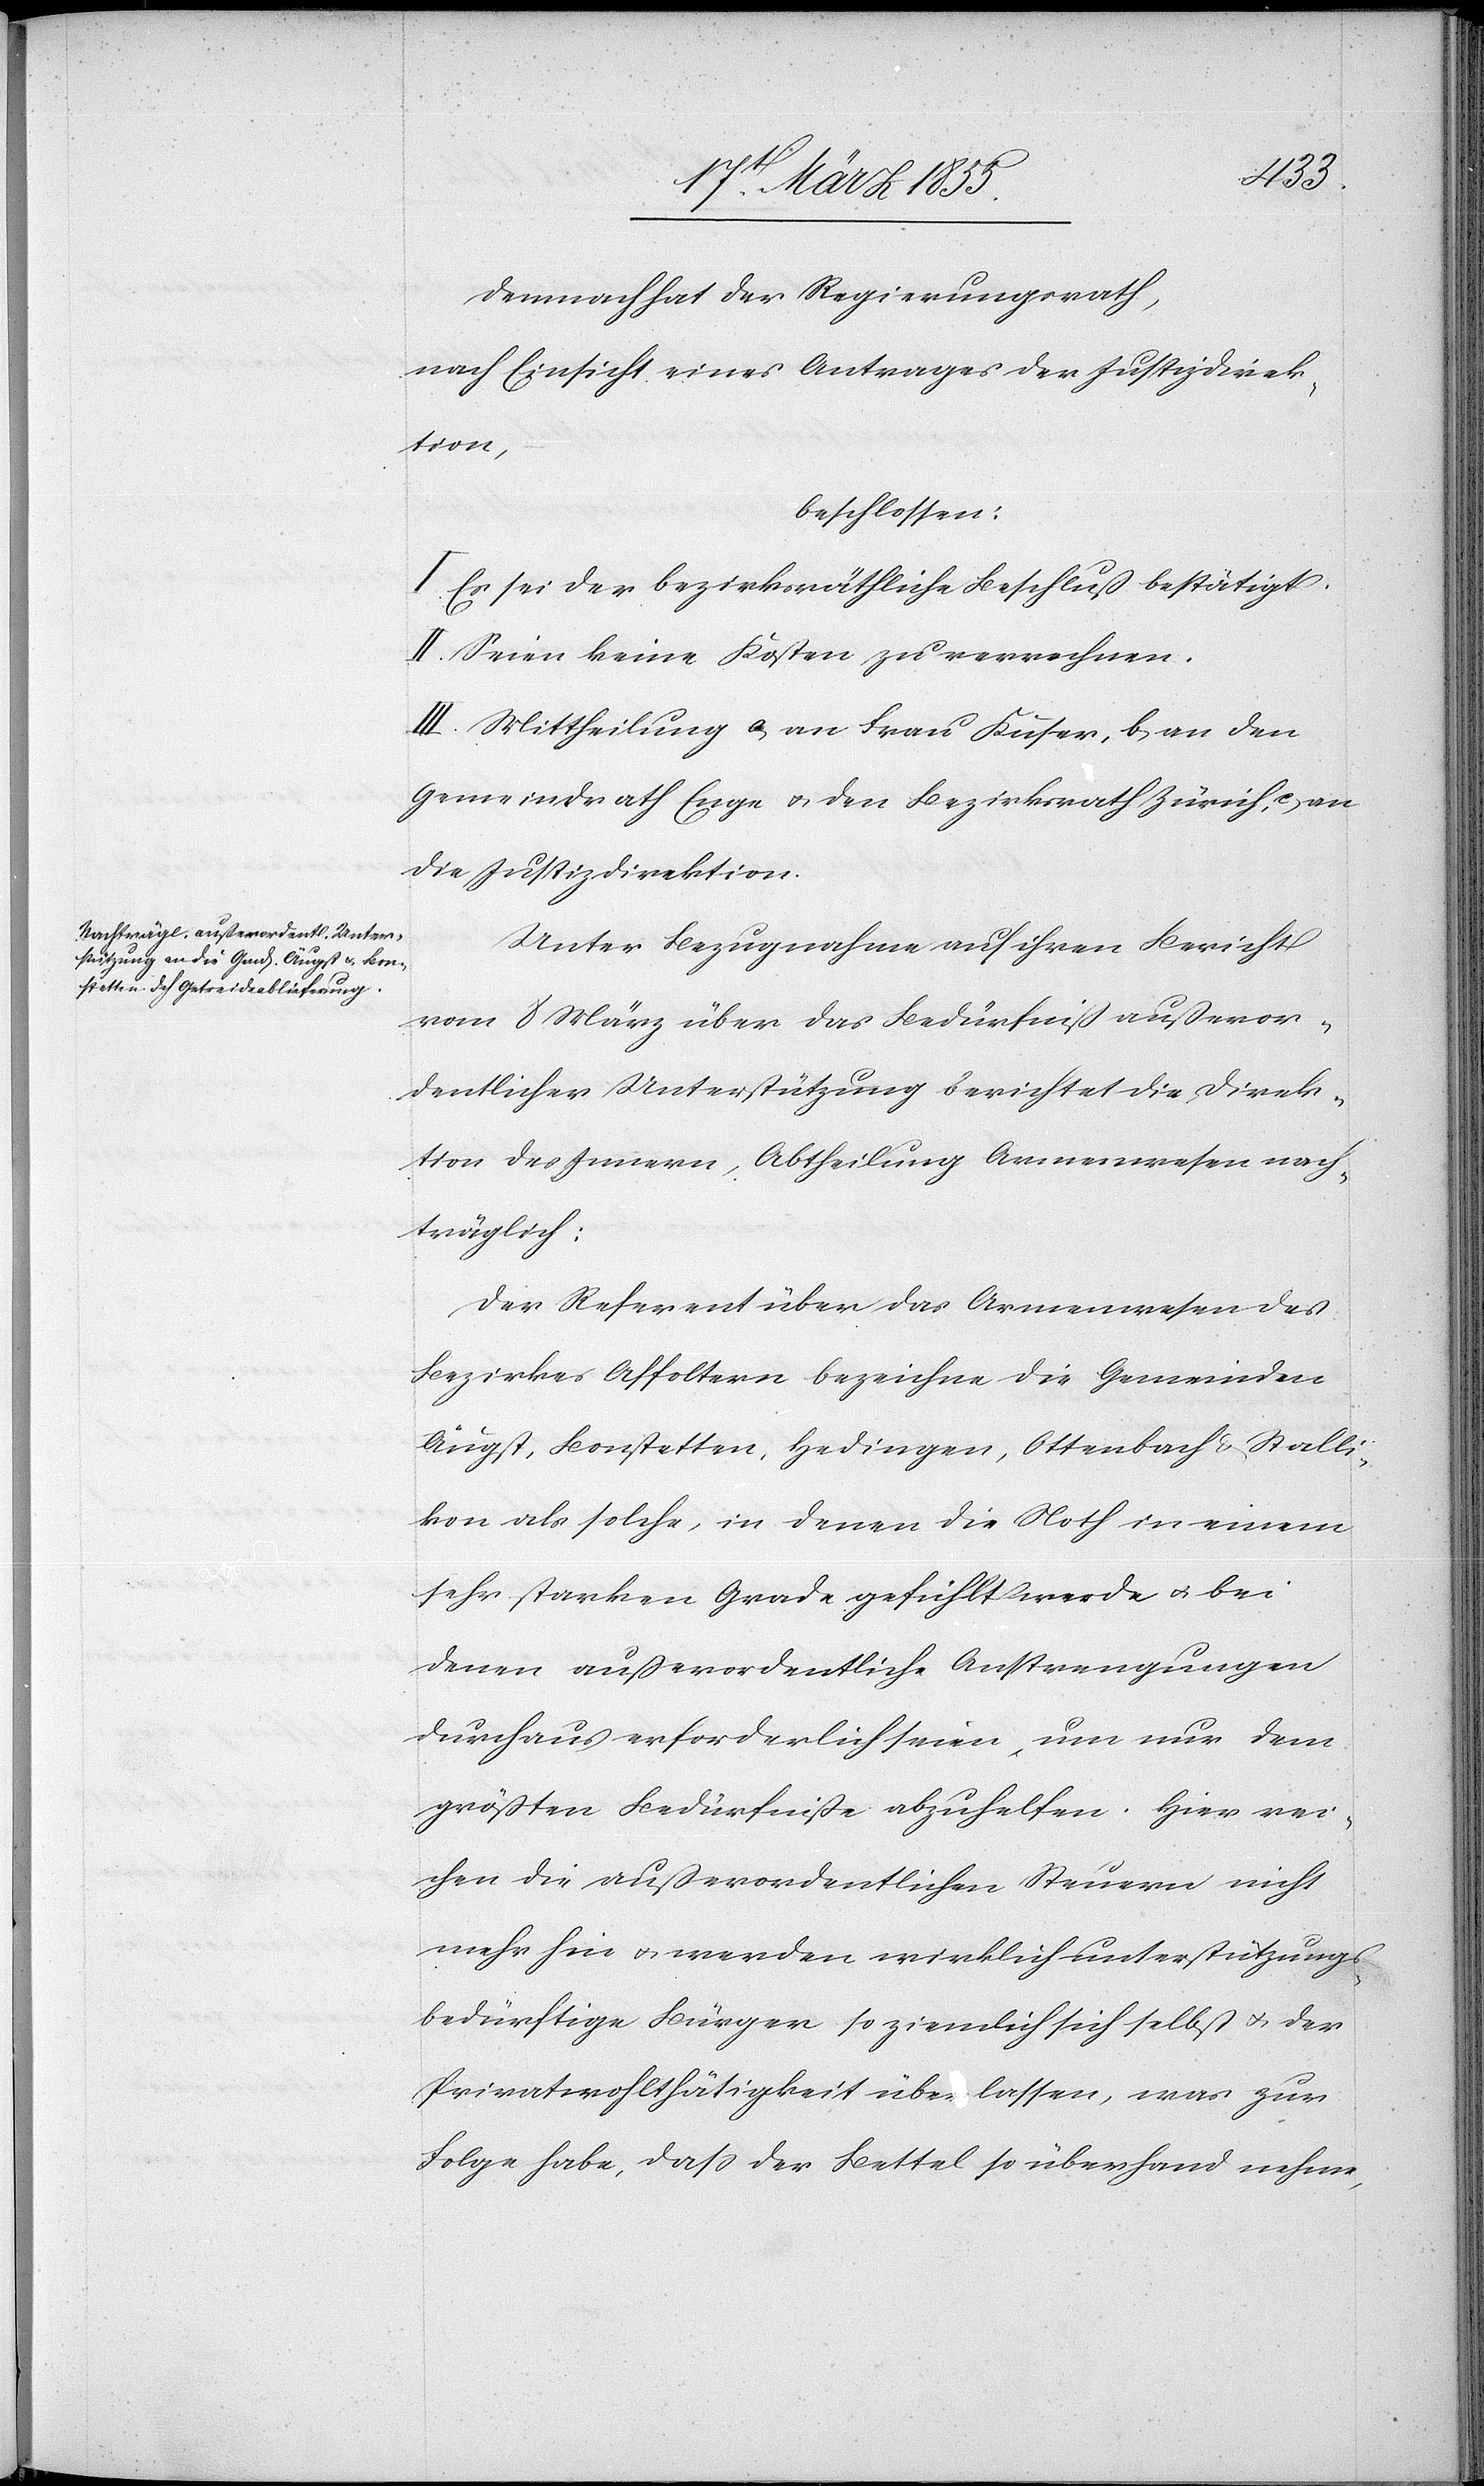
Demnach hat der Regierungsrath,
nach Einsicht eines Antrages der Justizdirek¬
tion,
beschlossen:
I. Es sei der bezirksräthliche Beschluß bestätigt.
II. Seien keine Kosten zu verrechnen.
III. Mittheilung a, an Frau Kuser, b, an den
Gemeindrath Enge & den Bezirksrath Zürich, c, an
die Justizdirektion.
Unter Bezugnahme auf ihren Bericht
vom 8 März über das Bedürfniß außeror¬
dentlicher Unterstützung berichtet die Direk¬
tion des Innern, Abtheilung Armenwesen nach¬
träglich:
Der Referent über das Armenwesen des
Bezirkes Affoltern bezeichne die Gemeinden
Äugst, Bonstetten, Hedingen, Ottenbach & Stalli¬
kon als solche, in denen die Noth in einem
sehr starken Grade gefühlt werde & bei
denen außerordentliche Anstrengungen
durchaus erforderlich seien, um nur dem
größten Bedürfniße abzuhelfen. Hier rei¬
chen die außerordentlichen Steuern nicht
mehr hin & werden wirklich unterstützungs¬
bedürftige Bürger so ziemlich sich selbst & der
Privatwohlthätigkeit überlassen, was zur
Folge habe, daß der Bettel so überhand nehme,